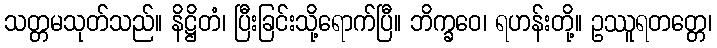
သတ္တမသုတ်သည်။ နိဋ္ဌိတံ၊ ပြီးခြင်းသို့ရောက်ပြီ။ ဘိက္ခဝေ၊ ရဟန်းတို့။ ဥဿူရတတ္တေ၊